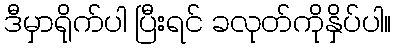
ဒီမှာရိုက်ပါ ပြီးရင် ခလုတ်ကိုနှိပ်ပါ။